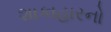
શાકાહારનો